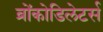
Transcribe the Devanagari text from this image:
ब्रोंकोडिलेटर्स